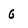
Character: G